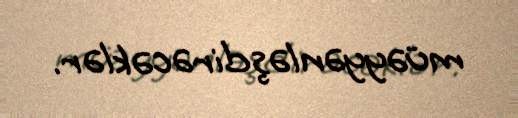
müəyyənləşdirəcəklər.